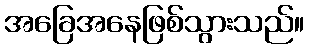
အခြေအနေဖြစ်သွားသည်။